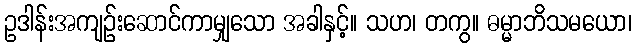
ဥဒါန်းအကျဉ်းဆောင်ကာမျှသော အခါနှင့်။ သဟ၊ တကွ။ ဓမ္မာဘိသမယော၊